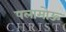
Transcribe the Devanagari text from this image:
पलामोऊ